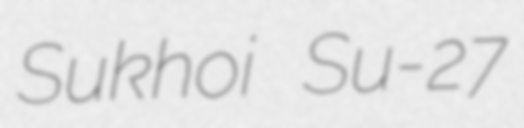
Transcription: Sukhoi Su-27